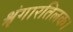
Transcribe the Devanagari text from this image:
श्रृंगारतिलक।